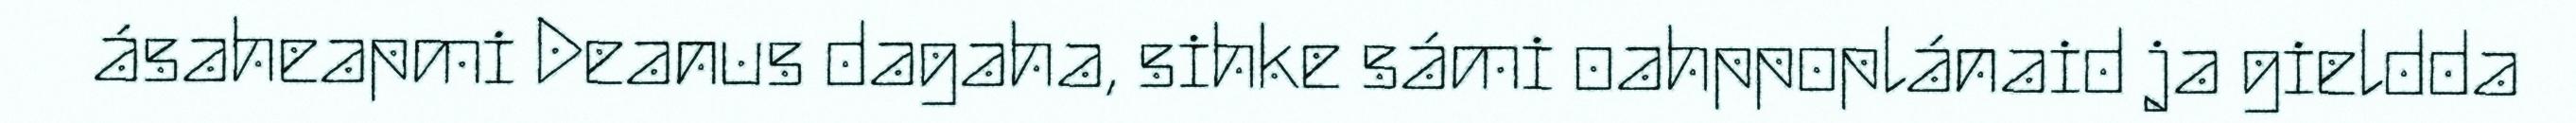
ásaheapmi Deanus dagaha, sihke sámi oahppoplánaid ja gieldda